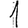
Digit: 1